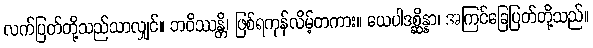
လက်ပြတ်တို့သည်သာလျှင်။ ဘဝိဿန္တိ၊ ဖြစ်ရကုန်လိမ့်တကား။ ယေပါဒစ္ဆိန္နာ၊ အကြင်ခြေပြတ်တို့သည်။